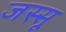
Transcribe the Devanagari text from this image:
जस्सू